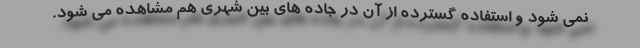
نمی شود و استفاده گسترده از آن در جاده های بین شهری هم مشاهده می شود.